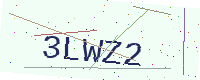
Text: 3LWZ2